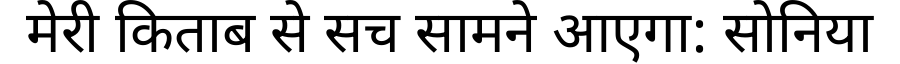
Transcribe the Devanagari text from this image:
मेरी किताब से सच सामने आएगा: सोनिया